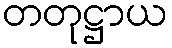
တတုဋ္ဌာယ